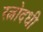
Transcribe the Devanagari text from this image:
रत्नोदधी